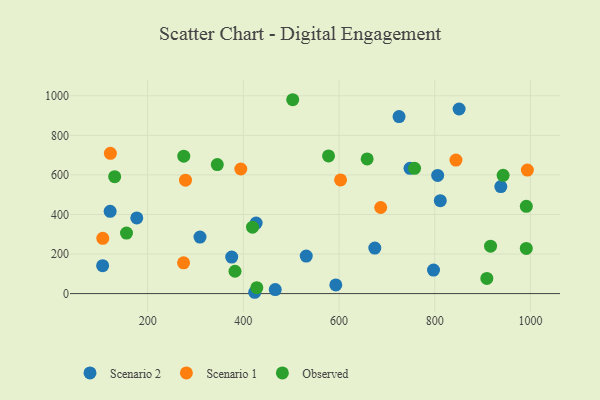
{"axis": {"x": "Price", "y": "Fuel Efficiency"}, "legend": ["Observed", "Scenario 1", "Scenario 2"], "data": [{"x": "674.8", "y": 230.0, "type": "Scenario 2"}, {"x": "531.5", "y": 189.8, "type": "Scenario 2"}, {"x": "309.4", "y": 285.7, "type": "Scenario 2"}, {"x": "725.5", "y": 894.7, "type": "Scenario 2"}, {"x": "938.2", "y": 541.2, "type": "Scenario 2"}, {"x": "466.7", "y": 20.3, "type": "Scenario 2"}, {"x": "426.8", "y": 356.4, "type": "Scenario 2"}, {"x": "748.4", "y": 633.2, "type": "Scenario 2"}, {"x": "593.3", "y": 43.7, "type": "Scenario 2"}, {"x": "811.7", "y": 469.6, "type": "Scenario 2"}, {"x": "806.2", "y": 597.5, "type": "Scenario 2"}, {"x": "375.7", "y": 184.5, "type": "Scenario 2"}, {"x": "177.3", "y": 382.5, "type": "Scenario 2"}, {"x": "105.9", "y": 140.9, "type": "Scenario 2"}, {"x": "797.5", "y": 118.7, "type": "Scenario 2"}, {"x": "851.0", "y": 933.3, "type": "Scenario 2"}, {"x": "121.6", "y": 415.8, "type": "Scenario 2"}, {"x": "423.8", "y": 6.6, "type": "Scenario 2"}, {"x": "687.1", "y": 435.3, "type": "Scenario 1"}, {"x": "394.7", "y": 629.9, "type": "Scenario 1"}, {"x": "844.4", "y": 675.2, "type": "Scenario 1"}, {"x": "106.2", "y": 279.4, "type": "Scenario 1"}, {"x": "993.7", "y": 624.3, "type": "Scenario 1"}, {"x": "279.1", "y": 573.6, "type": "Scenario 1"}, {"x": "603.2", "y": 574.5, "type": "Scenario 1"}, {"x": "275.1", "y": 155.4, "type": "Scenario 1"}, {"x": "122.1", "y": 709.2, "type": "Scenario 1"}, {"x": "131.1", "y": 591.1, "type": "Observed"}, {"x": "382.6", "y": 112.8, "type": "Observed"}, {"x": "991.5", "y": 441.4, "type": "Observed"}, {"x": "757.9", "y": 633.1, "type": "Observed"}, {"x": "943.0", "y": 597.8, "type": "Observed"}, {"x": "345.6", "y": 652.4, "type": "Observed"}, {"x": "991.4", "y": 228.2, "type": "Observed"}, {"x": "155.8", "y": 305.8, "type": "Observed"}, {"x": "658.8", "y": 680.8, "type": "Observed"}, {"x": "428.2", "y": 29.7, "type": "Observed"}, {"x": "909.0", "y": 76.8, "type": "Observed"}, {"x": "578.1", "y": 695.8, "type": "Observed"}, {"x": "916.7", "y": 239.9, "type": "Observed"}, {"x": "419.2", "y": 335.6, "type": "Observed"}, {"x": "275.5", "y": 694.5, "type": "Observed"}, {"x": "503.2", "y": 980.1, "type": "Observed"}]}